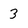
Character: 3